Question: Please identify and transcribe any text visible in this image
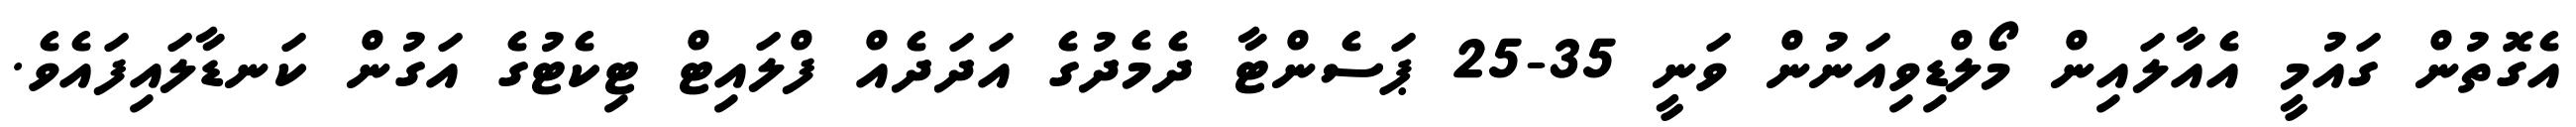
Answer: އެގޮތުން ގައުމީ އެއާލައިން މޯލްޑިވިއަނުން ވަނީ 35-25 ޕަސެންޓާ ދެމެދުގެ އަދަދެއް ފްލައިޓް ޓިކެޓުގެ އަގުން ކަނޑާލައިފައެވެ.